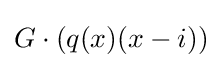
G\cdot (q(x)(x-i))